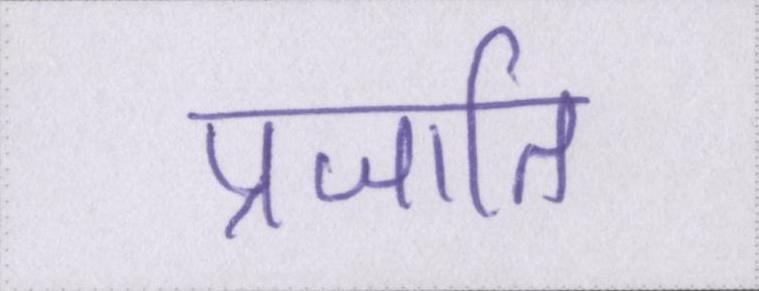
प्रजाति